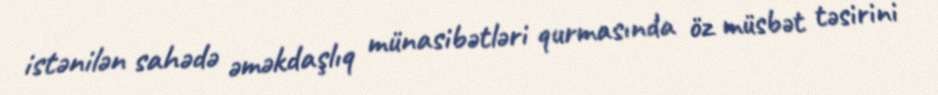
istənilən sahədə əməkdaşlıq münasibətləri qurmasında öz müsbət təsirini